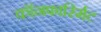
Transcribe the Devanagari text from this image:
कॉनफार्स्मिट